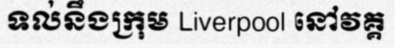
ទល់នឹងក្រុម Liverpool នៅវគ្គ